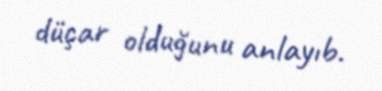
düçar olduğunu anlayıb.